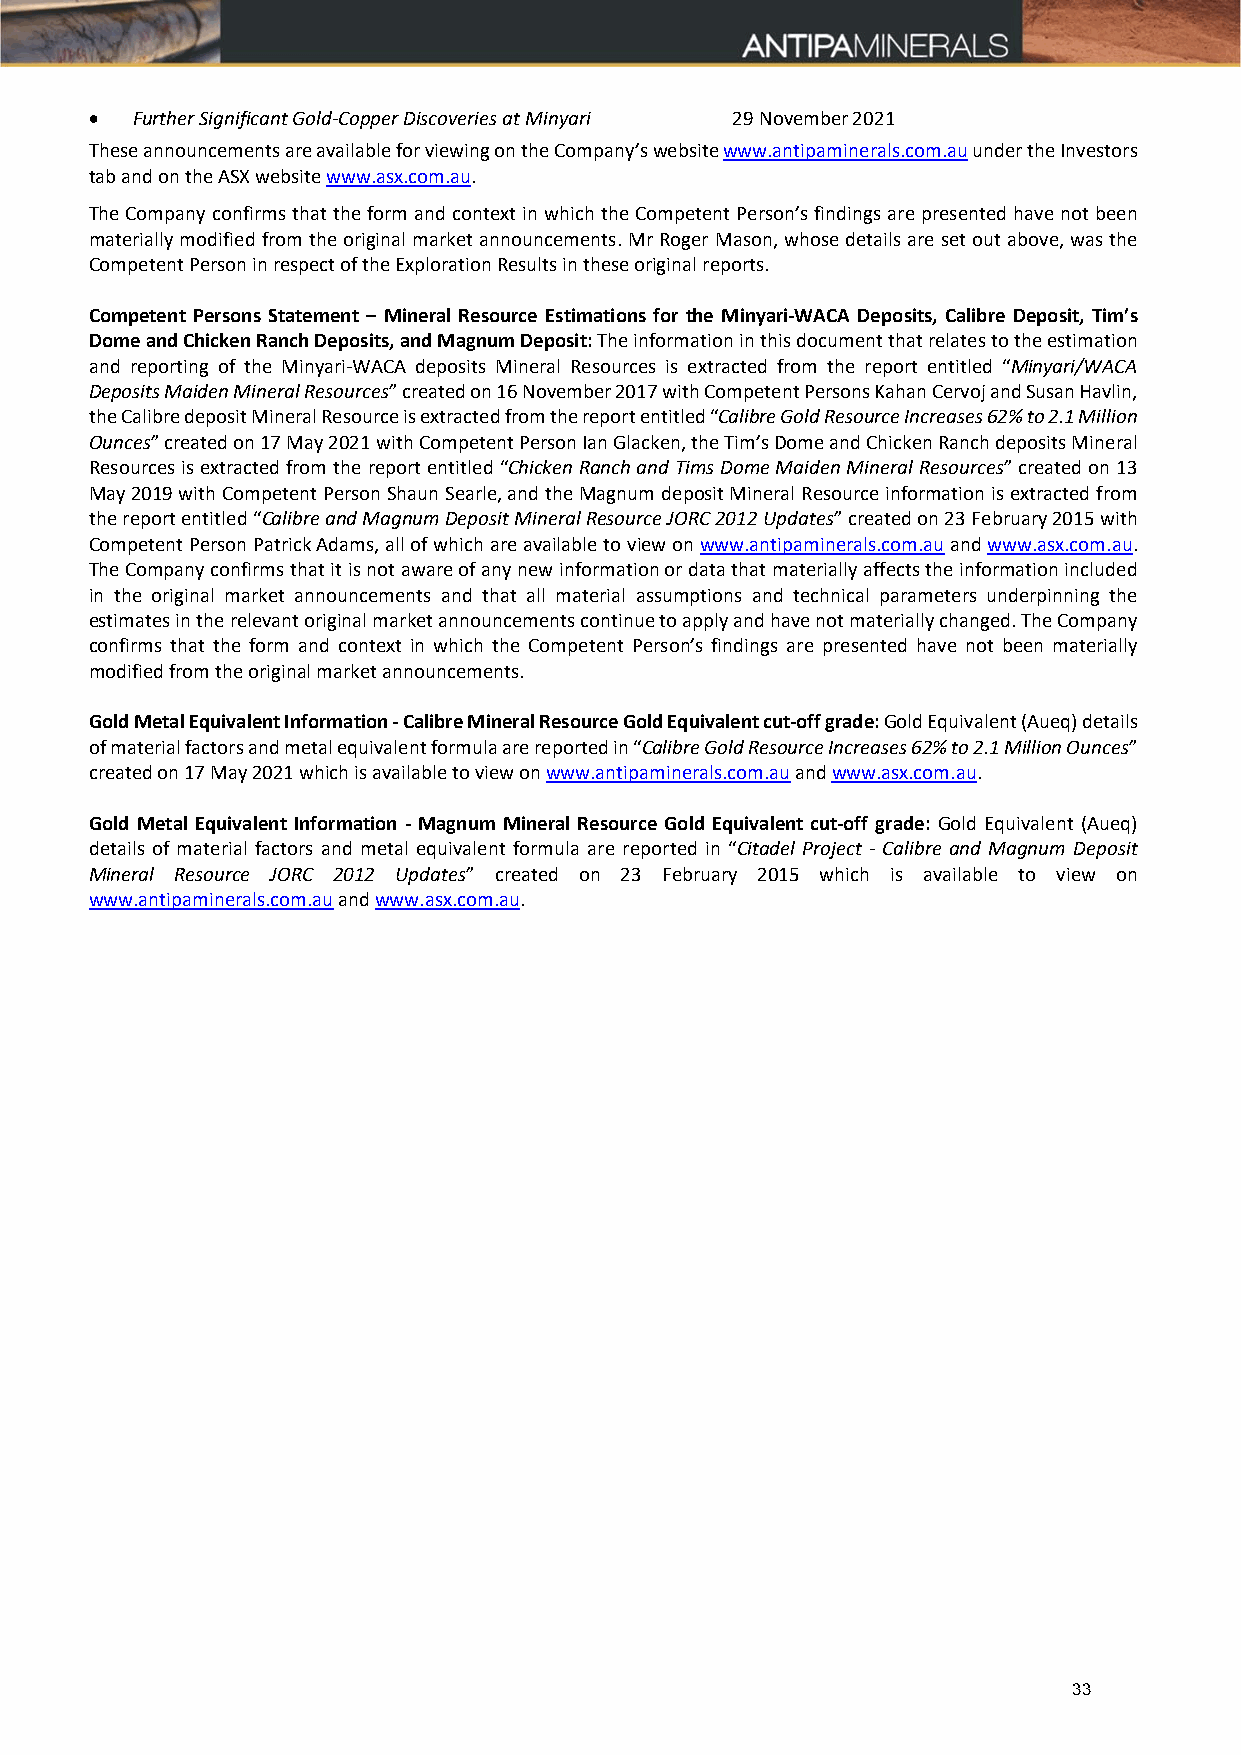
  Further Significant Gold‐Copper Discoveries at Minyari 29 November 2021
 These announcements are available for viewing on the Company’s website www.antipaminerals.com.au under the Investors
 tab and on the ASX website www.asx.com.au.
 The Company confirms that the form and context in which the Competent Person’s findings are presented have not been
 materially modified from the original market announcements. Mr Roger Mason, whose details are set out above, was the
 Competent Person in respect of the Exploration Results in these original reports.
 Competent Persons Statement – Mineral Resource Estimations for the Minyari-WACA Deposits, Calibre Deposit, Tim’s
 Dome and Chicken Ranch Deposits, and Magnum Deposit: The information in this document that relates to the estimation
 and reporting of the Minyari‐WACA deposits Mineral Resources is extracted from the report entitled “Minyari/WACA
 Deposits Maiden Mineral Resources” created on 16 November 2017 with Competent Persons Kahan Cervoj and Susan Havlin,
 the Calibre deposit Mineral Resource is extracted from the report entitled “Calibre Gold Resource Increases 62% to 2.1 Million
 Ounces” created on 17 May 2021 with Competent Person Ian Glacken, the Tim’s Dome and Chicken Ranch deposits Mineral
 Resources is extracted from the report entitled “Chicken Ranch and Tims Dome Maiden Mineral Resources” created on 13
 May 2019 with Competent Person Shaun Searle, and the Magnum deposit Mineral Resource information is extracted from
 the report entitled “Calibre and Magnum Deposit Mineral Resource JORC 2012 Updates” created on 23 February 2015 with
 Competent Person Patrick Adams, all of which are available to view on www.antipaminerals.com.au and www.asx.com.au.
 The Company confirms that it is not aware of any new information or data that materially affects the information included
 in the original market announcements and that all material assumptions and technical parameters underpinning the
 estimates in the relevant original market announcements continue to apply and have not materially changed. The Company
 confirms that the form and context in which the Competent Person’s findings are presented have not been materially
 modified from the original market announcements.
 Gold Metal Equivalent Information - Calibre Mineral Resource Gold Equivalent cut-off grade: Gold Equivalent (Aueq) details
 of material factors and metal equivalent formula are reported in “Calibre Gold Resource Increases 62% to 2.1 Million Ounces”
 created on 17 May 2021 which is available to view on www.antipaminerals.com.au and www.asx.com.au.
 Gold Metal Equivalent Information - Magnum Mineral Resource Gold Equivalent cut-off grade: Gold Equivalent (Aueq)
 details of material factors and metal equivalent formula are reported in “Citadel Project ‐ Calibre and Magnum Deposit
 Mineral Resource JORC 2012 Updates” created on 23 February 2015 which is available to view on
 www.antipaminerals.com.au and www.asx.com.au.
 33